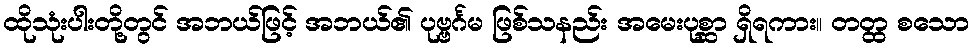
ထိုသုံးပါးတို့တွင် အဘယ်ဖြင့် အဘယ်၏ ပုဗ္ဗင်္ဂမ ဖြစ်သနည်း အမေးပုစ္ဆာ ရှိရကား။ တတ္ထ စသော